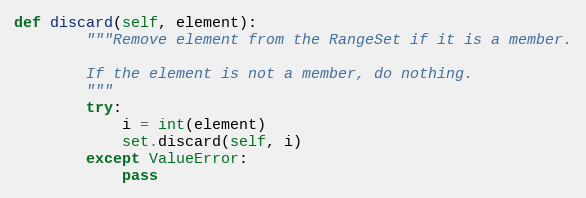
Language: Python
def discard(self, element):
        """Remove element from the RangeSet if it is a member.

        If the element is not a member, do nothing.
        """
        try:
            i = int(element)
            set.discard(self, i)
        except ValueError:
            pass